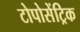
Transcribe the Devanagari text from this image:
टोपोसेंट्रिक